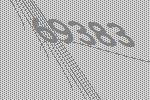
69383